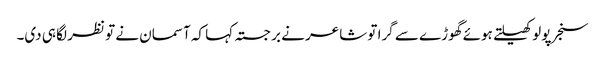
سنجر پولو کھیلتے ہوئے گھوڑے سے گرا تو شاعر نے برجستہ کہا کہ آسمان نے تو نظر لگا ہی دی۔